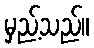
မှည့်သည်။